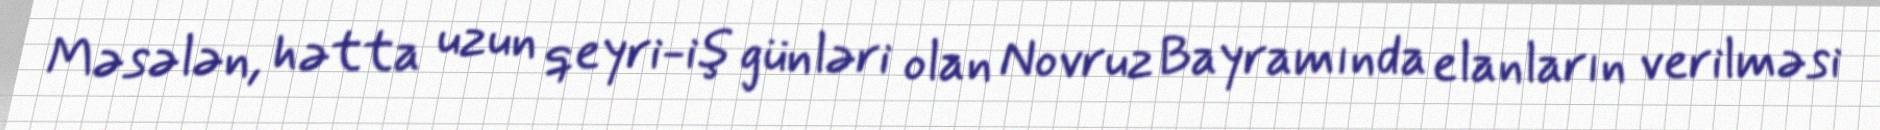
Məsələn, hətta uzun qeyri-iş günləri olan Novruz Bayramında elanların verilməsi